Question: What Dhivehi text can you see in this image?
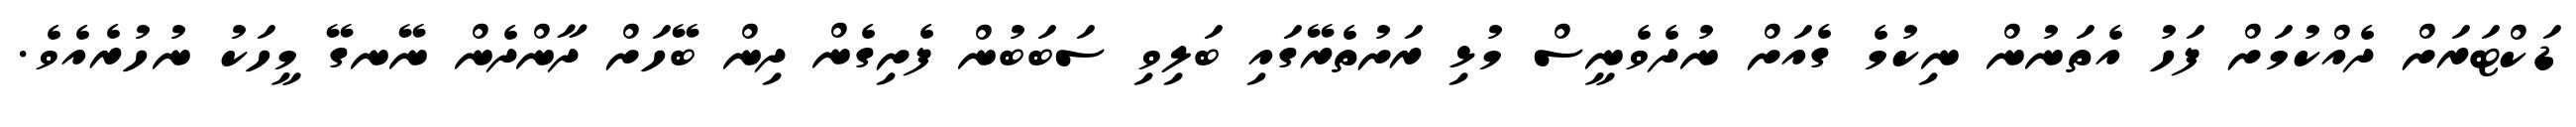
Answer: ޑަކްޓަރަށް ދެއްކުމަށް ފަހު އެތަނުން ނިކުމެ ގެއަށް ނުދެވެނީސް މުޅި ރަށުތެރޭގައި ބަލިވި ސަބަބުން ފެށިގެން ދިން ބޭހަށް ދާންދެން ނޭނގޭ މީހަކު ނުހުރެއެވެ.